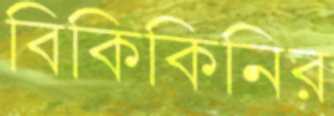
বিকিকিনির